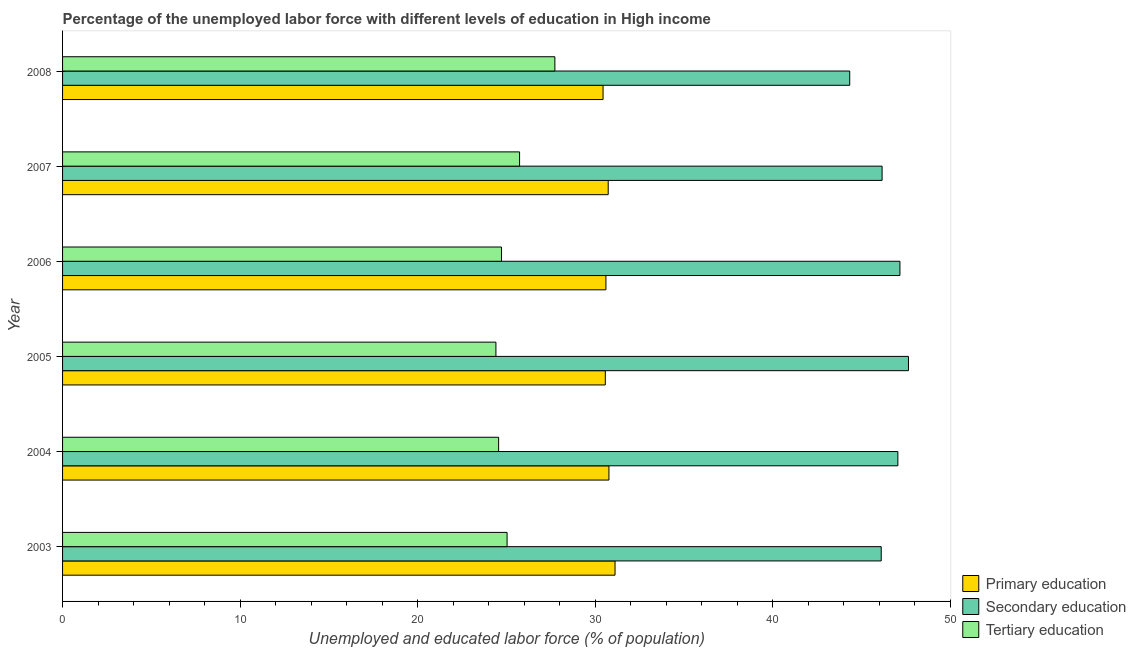
| Year | Primary education | Secondary education | Tertiary education |
 | --- | --- | --- | --- |
 | 2003 | 31.1 | 46.1 | 25 |
 | 2004 | 30.8 | 47 | 24.6 |
 | 2005 | 30.6 | 47.6 | 24.4 |
 | 2006 | 30.6 | 47.2 | 24.7 |
 | 2007 | 30.7 | 46.2 | 25.7 |
 | 2008 | 30.4 | 44.3 | 27.7 |